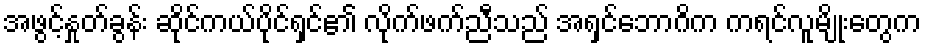
အဖွင့်နှုတ်ခွန်း ဆိုင်ကယ်ပိုင်ရှင်၏ လိုက်ဖက်ညီသည် အရှင်ဘောဂိက ကရင်လူမျိုးတွေက